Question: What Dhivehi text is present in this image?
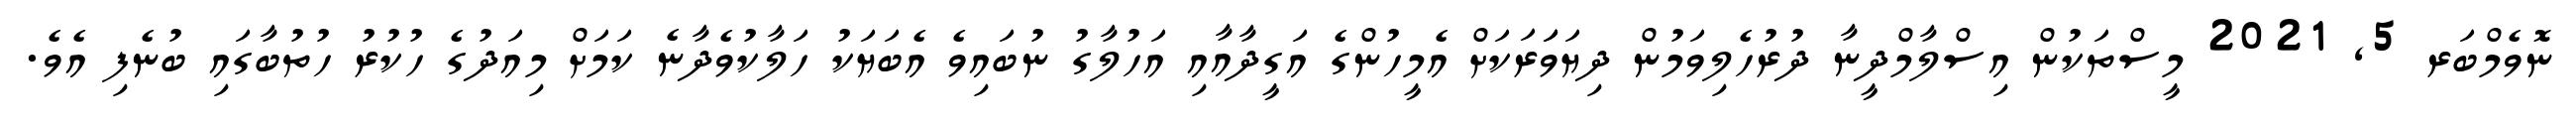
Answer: ނޮވެމްބަރ 5, 2021 މީސްތަކުން އިސްލާމްދީނާ ދުރުހެލިވަމުން ދިޔަވަަރަކަށް އެމީހުންގެ އަގީދާއާއި އަހުލާގު ނުބައިވެ އެބަޔަކު ހަލާކުވެދާނެ ކަމަށް މިއަދުގެ ހުކުރު ހުތުބާގައި ބުނެފި އެވެ.